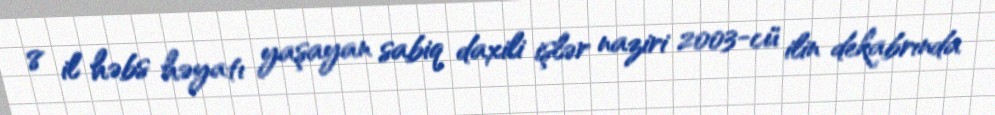
8 il həbs həyatı yaşayan sabiq daxili işlər naziri 2003-cü ilin dekabrında